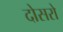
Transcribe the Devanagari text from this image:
दोसरो